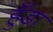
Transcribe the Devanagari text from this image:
हुँडा